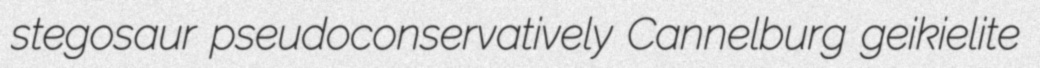
stegosaur pseudoconservatively Cannelburg geikielite